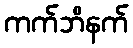
ကက်ဘိနက်